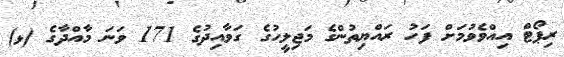
ރިޕޯޓް އިއްވެވުމަށް ފަހު ރައްޔިތުންގެ މަޖިލީހުގެ ގަވާއިދުގެ 171 ވަނަ މާއްދާގެ (ޅ)